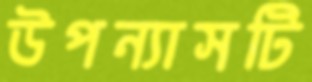
উপন্যাসটি